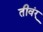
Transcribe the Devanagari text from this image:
तीवंर्